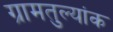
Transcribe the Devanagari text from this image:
ग्रामतुल्यांक